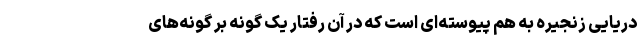
دریایی زنجیره به هم پیوسته‌ای است که در آن رفتار یک گونه بر گونه‌های